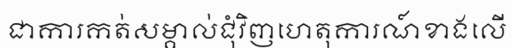
ជាការកត់សម្គាល់ជុំវិញហេតុការណ៍ខាងលើ